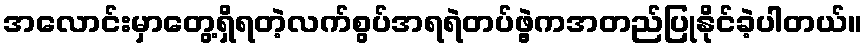
အလောင်းမှာတွေ့ရှိရတဲ့လက်စွပ်အရရဲတပ်ဖွဲ့ကအတည်ပြုနိုင်ခဲ့ပါတယ်။